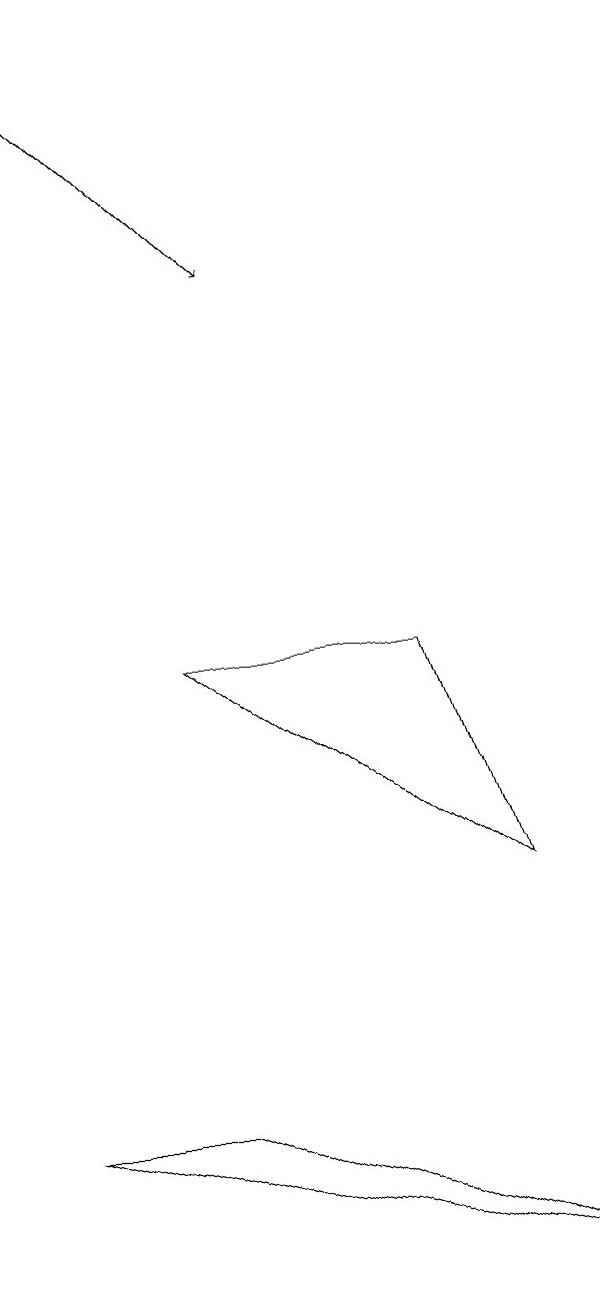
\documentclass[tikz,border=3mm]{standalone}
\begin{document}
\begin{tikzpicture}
\draw[->] (2,17) -- (5,14);
\draw (4,3) -- (9,1) -- (2,3) -- cycle;
\draw (4,9) -- (8,6) -- (7,9) -- cycle;
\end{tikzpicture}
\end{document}